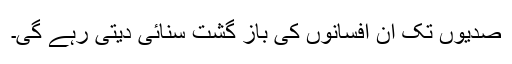
صدیوں تک ان افسانوں کی باز گشت سنائی دیتی رہے گی۔